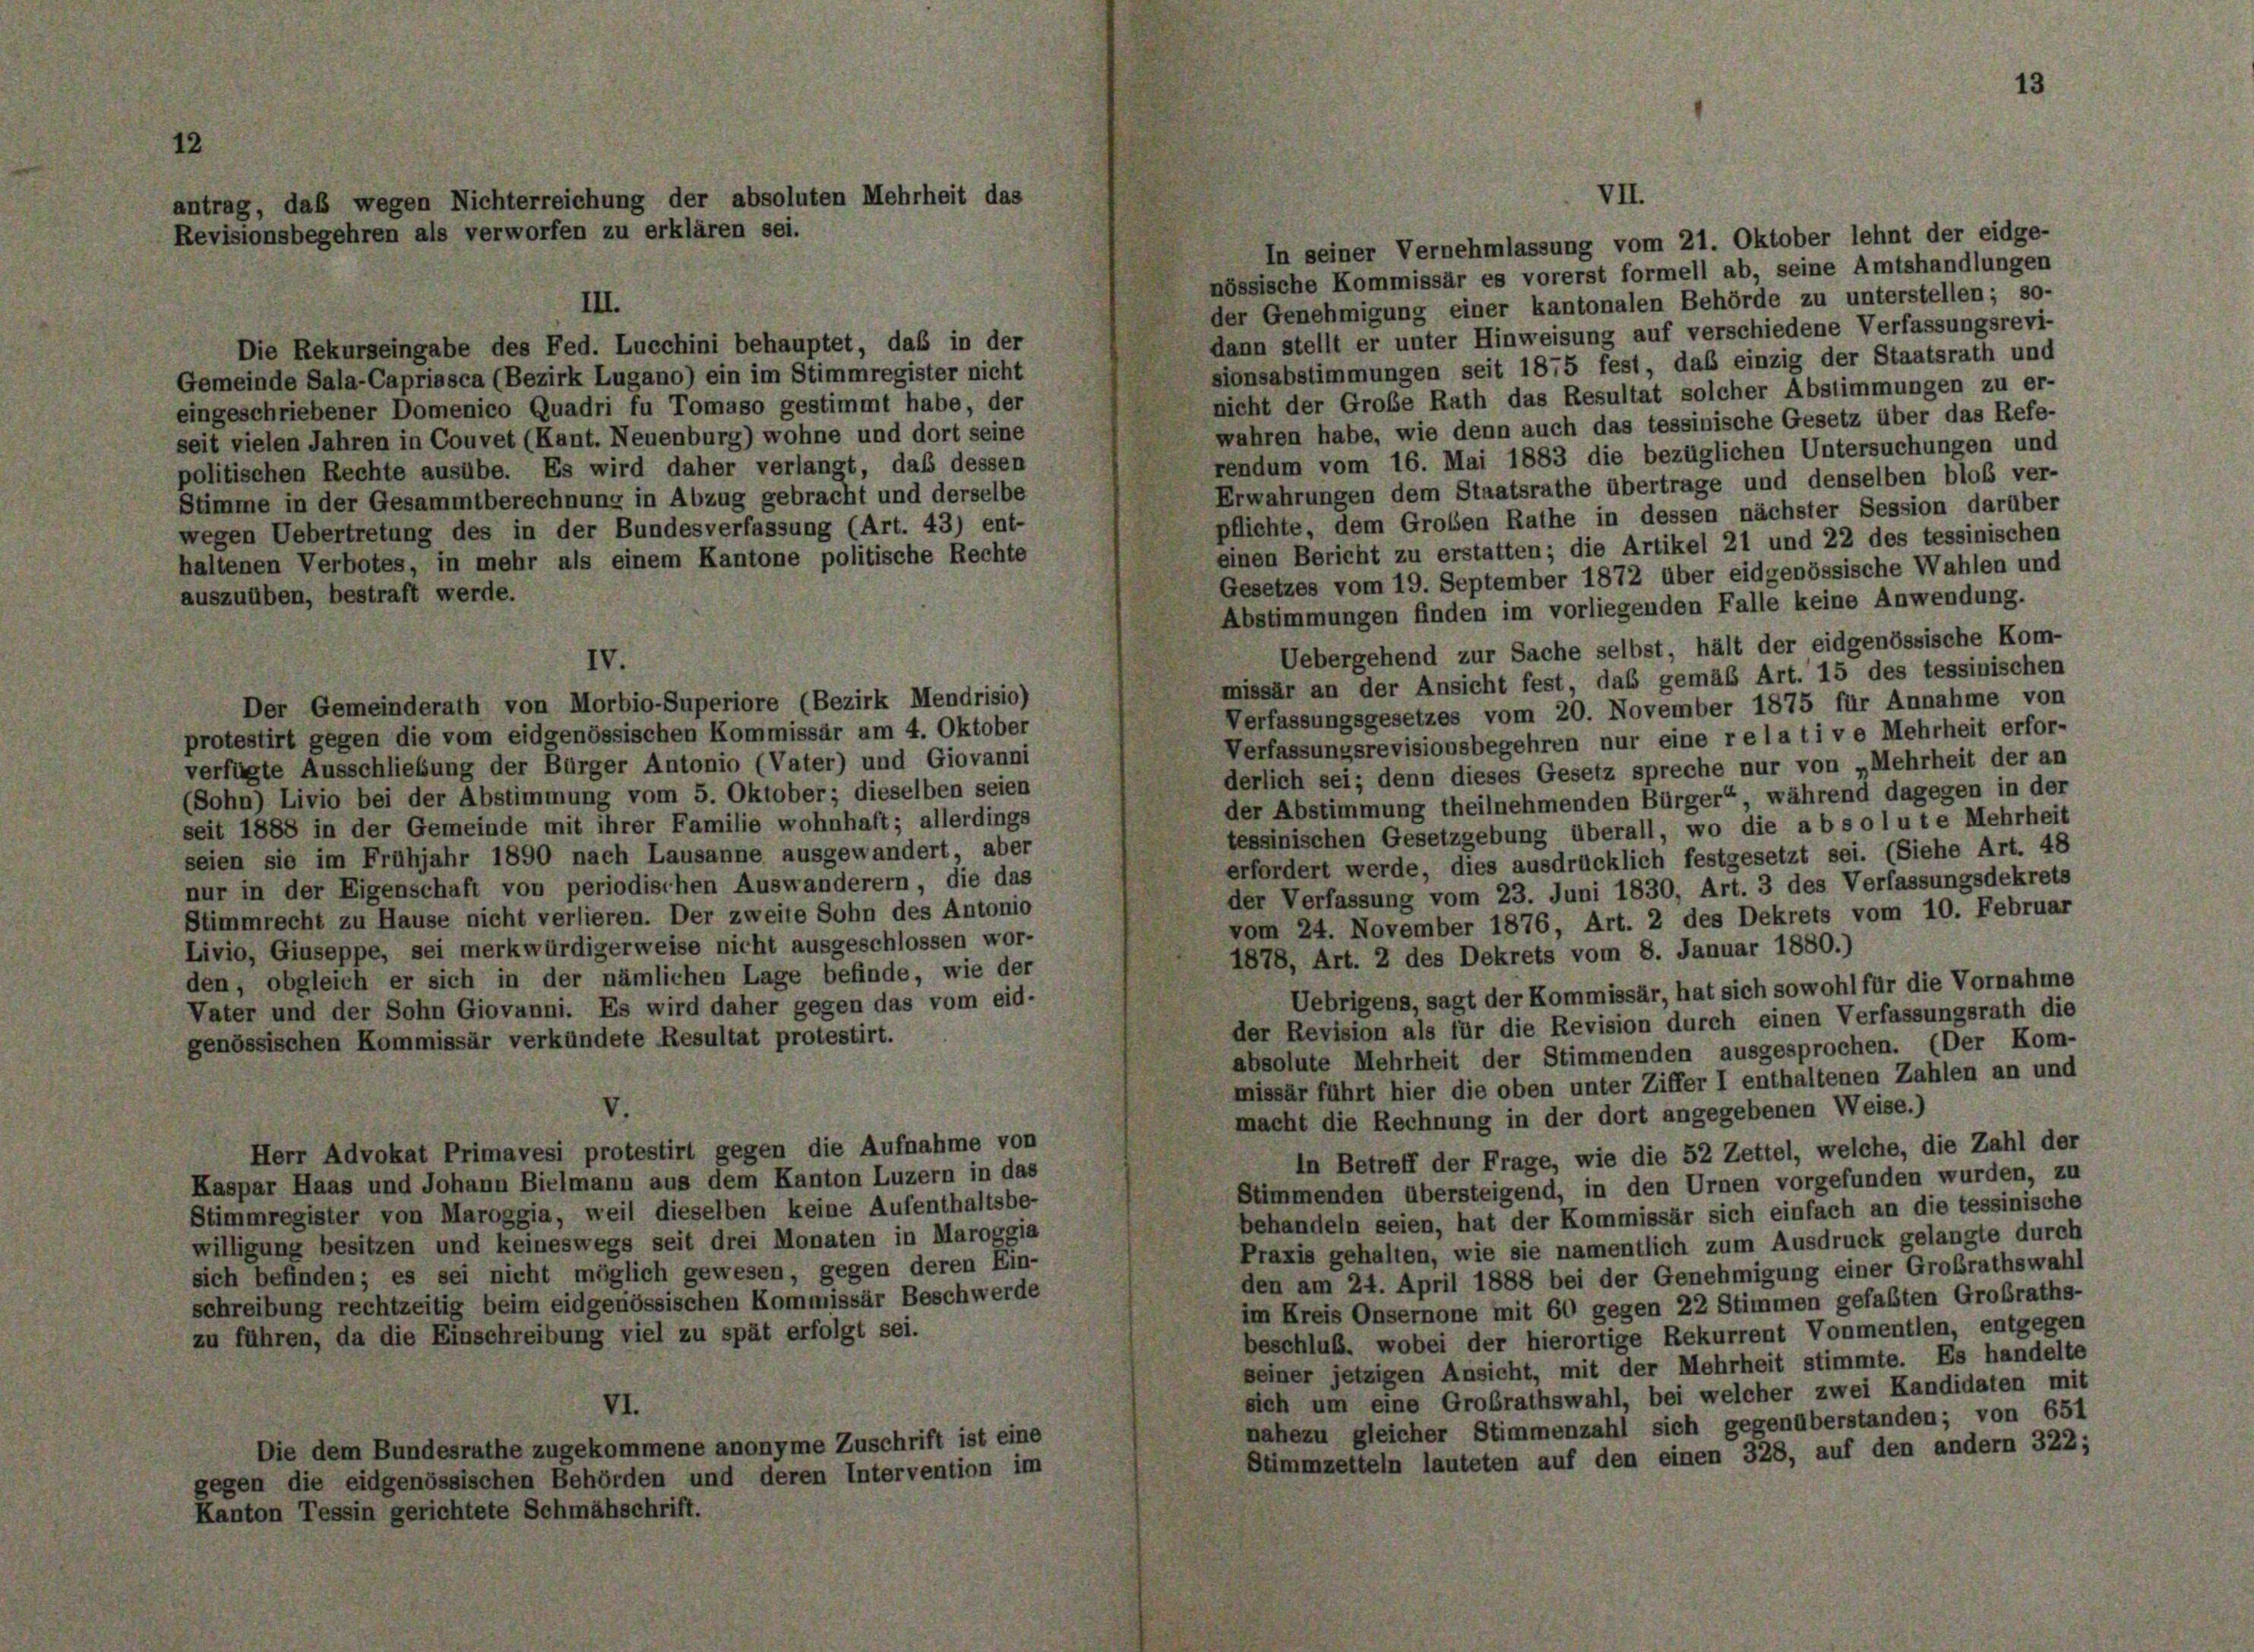
antrag, daß wegen Nichterreichung der absoluten Mehrheit das
Revisionsbegehren als verworfen zu erklären sei.

Die Rekurseingabe des Fed. Lucchini behauptet, das in der
Gemeinde Sala-Capriasca (Bezirk Lugano) ein im Stimmregister nicht
eingeschriebener Domenico Quadri fu Tomaso gestimmt habe, der
seit vielen Jahren in Couvet (Kant. Neuenburg) wohne und dort seine
politischen Rechte ausübe. Es wird daher verlangt, daß dessen
Stimme in der Gesammtberechnung in Abzug gebracht und derselbe
wegen Uebertretung des in der Bundesverfassung (Art. 43) ent-
haltenen Verbotes, in mehr als einem Kantone politische Rechte
auszuüben, bestraft werde.
Der Gemeinderath von Morbio-Superiore (Bezirk Mendrisio)
protestirt gegen die vom eidgenössischen Kommissär am 4. Oktober
verfügte Ausschließung der Bürger Antonio (Vater) und Giovanni
(Sohn) Livio bei der Abstimmung vom 5. Oktober; dieselben seien
seit 1888 in der Gemeinde mit ihrer Familie wohnhaft; allerdings
seien sie im Frühjahr 1890 nach Lausanne ausgewandert, aber
nur in der Eigenschaft von periodischen Auswanderern, die das
Stimmrecht zu Hause nicht verlieren. Der zweite Sohn des Antonio
Livio, Giuseppe, sei merkwürdigerweise nicht ausgeschlossen wor-
den, obgleich er sich in der nämlichen Lage befinde, wie der
Vater und der Sohn Giovanni. Es wird daher gegen das vom eid.
genössischen Kommissär verkündete Resultat protestirt.
Herr Advokat Primavesi protestirt gegen die Aufnahme von
Kaspar Haas und Johann Bielmann aus dem Kanton Luzern in das
Stimmregister von Maroggia, weil dieselben keine Aufenthaltsbe-
willigung besitzen und keineswegs seit drei Monaten in Maroggia
sich befinden; es sei nicht möglich gewesen, gegen deren Ein-
schreibung rechtzeitig beim eidgenössischen Kommissär Beschwerde
zu führen, da die Einschreibung viel zu spät erfolgt sei.
VI.
Die dem Bundesrathe zugekommene anonyme Zuschrift ist eine
gegen die eidgenössischen Behörden und deren Intervention im
Kanton Tessin gerichtete Schmähschrift.

III.

IV.

VII.
In seiner Vernehmlassung vom 21. Oktober lehnt der eidge-
nössische Kommissär es vorerst formell ab, seine Amtshandlungen
der Genehmigung einer kantonalen Behörde zu unterstellen; so-
dann stellt er unter Hinweisung auf verschiedene Verfassungsrevi-
sionsabstimmungen seit 1875 fest, das einzig der Staatsrath und
nicht der Große Rath das Resultat solcher Abstimmungen zu er-
wahren habe, wie denn auch das tessinische Gesetz über das Refe-
rendum vom 16. Mai 1883 die bezüglichen Untersuchungen und
Erwahrungen dem Staatsrathe übertrage und denselben bloß ver-
pflichte, dem Großen Rathe in dessen nächster Session darüber
einen Bericht zu erstatten; die Artikel 21 und 22 des tessinischen
Gesetzes vom 19. September 1872 über eidgenössische Wahlen und
Abstimmungen finden im vorliegenden Falle keine Anwendung.
Uebergehend zur Sache selbst, hält der eidgenössische Kom-
missär an der Ansicht fest, das gemäß Art. 15 des tessinischen
Verfassungsgesetzes vom 20. November 1875 für Annahme von
Verfassungsrevisionsbegehren nur eine relative Mehrheit erfor-
derlich sei; denn dieses Gesetz spreche nur von „Mehrheit der an
der Abstimmung theilnehmenden Bürger“, während dagegen in der
tessinischen Gesetzgebung überall, wo die absolute Mehrheit
erfordert werde, dies ausdrücklich festgesetzt sei. (Siehe Art. 48
der Verfassung vom 23. Juni 1830, Art. 3 des Verfassungsdekrets
vom 24. November 1876, Art. 2 des Dekrets vom 10. Februar
1878, Art. 2 des Dekrets vom 8. Januar 1880.)
Uebrigens, sagt der Kommissär, hat sich sowohl für die Vornahme
der Revision als für die Revision durch einen Verfassungsrath die
absolute Mehrheit der Stimmenden ausgesprochen. (Der Kom-
missär führt hier die oben unter Ziffer I enthaltenen Zahlen an und
macht die Rechnung in der dort angegebenen Weise.)
In Betreff der Frage, wie die 52 Zettel, welche, die Zahl der
Stimmenden übersteigend, in den Urnen vorgefunden wurden, zu
behandeln seien, hat der Kommissär sich einfach an die tessinische
Praxis gehalten, wie sie namentlich zum Ausdruck gelangte durch
den am 24. April 1888 bei der Genehmigung einer Großrathswahl
im Kreis Onsernone mit 60 gegen 22 Stimmen gefaßten Großraths-
beschluß, wobei der hierortige Rekurrent Vonmentlen, entgegen
seiner jetzigen Ansicht, mit der Mehrheit stimmte. Es handelte
sich um eine Großrathswahl, bei welcher zwei Kandidaten mit
nahezu gleicher Stimmenzahl sich gegenüberstanden; von 651
Stimmzetteln lauteten auf den einen 328, auf den andern 322;